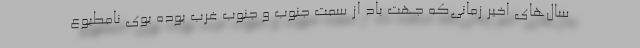
سال‌های اخیر زمانی‌که جهت باد از سمت جنوب و جنوب غرب بوده بوی نامطبوع